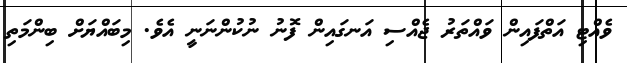
ވެއްޓި އަތްފައިން ވައްތަރު ޖެއްސި އަނގައިން ފޮނު ނުކުންނަނީ އެވެ. މިބައްޔަށް ބިންމަތި